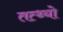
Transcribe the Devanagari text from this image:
तत्थ्यो